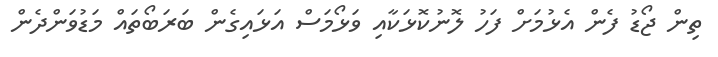
ތިން ޖޯޑު ފެން އެޅުމަށް ފަހު ލޮނުކޮޅަކާއި ވަޅޯމަސް އަޅައިގެން ބަރަބޯތައް މަޑުވަންދެން